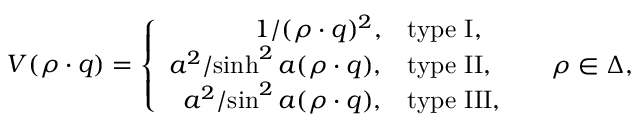
V ( \rho \cdot q ) = \left\{ \begin{array} { r l l } { { { 1 / { ( \rho \cdot q ) ^ { 2 } } } , } } & { { \mathrm { t y p e ~ I } , } } & { { } } \\ { { { a ^ { 2 } / { \sinh ^ { 2 } a ( \rho \cdot q ) } } , } } & { { \mathrm { t y p e ~ I I } , } } & { { \quad \rho \in \Delta , } } \\ { { { a ^ { 2 } / { \sin ^ { 2 } a ( \rho \cdot q ) } } , } } & { { \mathrm { t y p e ~ I I I } , } } & { { } } \end{array} \right.